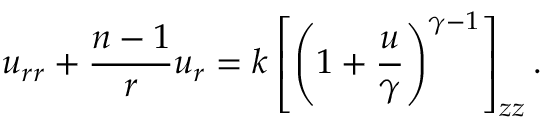
u _ { r r } + { \frac { n - 1 } { r } } u _ { r } = k \left[ \left( 1 + { \frac { u } { \gamma } } \right) ^ { \gamma - 1 } \right] _ { z z } .